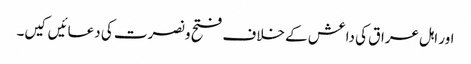
اور اہل عراق کی داعش کے خلاف فتح و نصرت کی دعائیں کیں۔